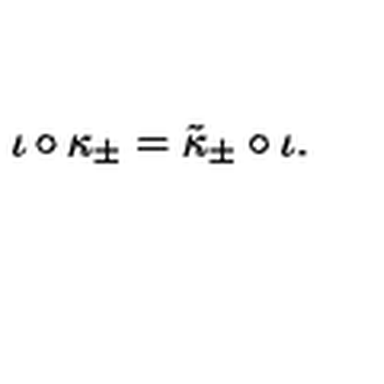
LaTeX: \iota \circ \kappa _ { \pm } = \tilde { \kappa } _ { \pm } \circ \iota .